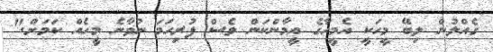
ގެއްލުން ލިބޭ މީހަކީ އެމީހާގެ އީމާންކަން ވެސް ފުރިހަމަ ނުވާނެ މީހެއް ކަމަށް."